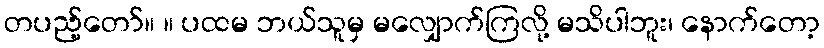
တပည့်တော်။ ။ ပထမ ဘယ်သူမှ မလျှောက်ကြလို့ မသိပါဘူး၊ နောက်တော့